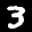
Label: 3